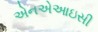
એનએઆઇસી